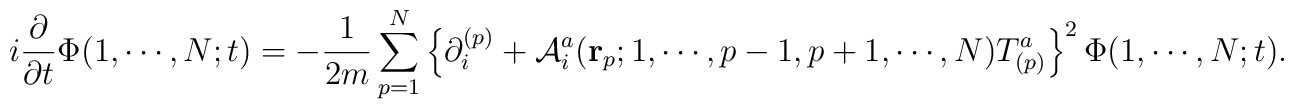
i\frac{\partial}{\partial t} \Phi (1,\cdots,N;t ) =-\frac{1}{2m}   \sum_{p=1}^{N} \left\{ \partial^{(p)}_i +{\cal A}^a_i ({\bf r}_p;1, \cdots, p-1, p+1, \cdots,N)T^a_{(p)} \right\}^2\Phi(1,\cdots,N;t).